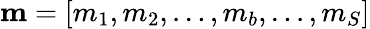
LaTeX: \mathbf{m}=[m_{1},m_{2},\dots,m_{b},\dots,m_{S}]